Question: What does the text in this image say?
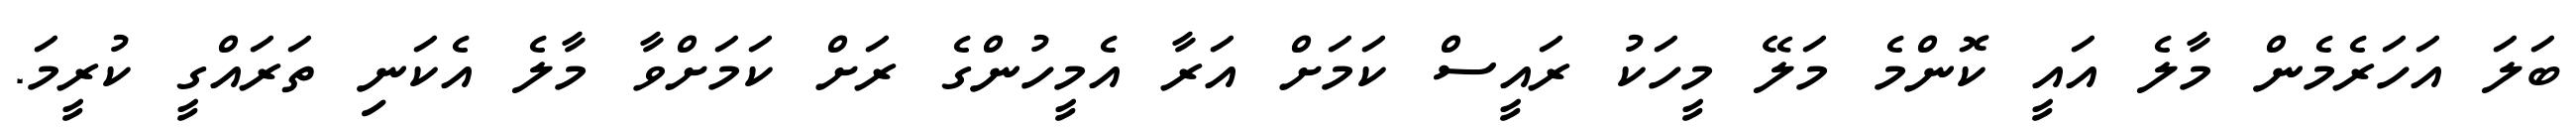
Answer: ބަލަ އަހަރެމެން މާލެ އައީ ކޮންމެ މަލޭ މީހަކު ރައީސް ކަމަށް އަރާ އެމީހުންގެ ރަށް ކަމަށްވާ މާލެ އެކަނި ތަރައްގީ ކުރީމަ.